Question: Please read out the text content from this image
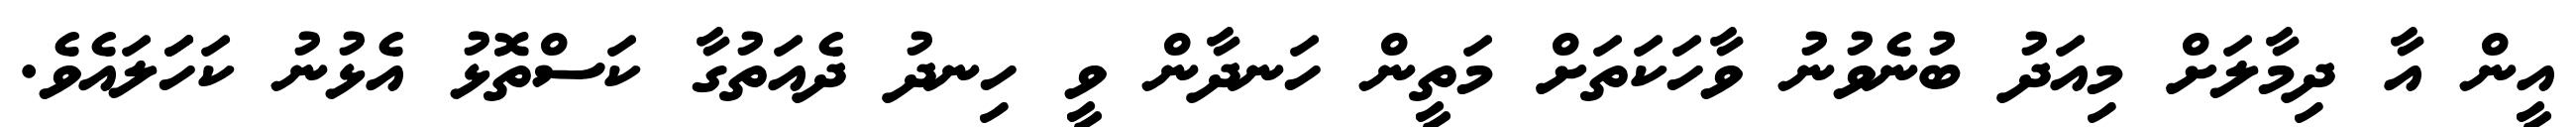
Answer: އީން އާ ދިމާލަށް މިއަދު ބުނެވުނު ވާހަކަތަށް މަތީން ހަނދާން ވީ ހިނދު ދެއަތުގާ ކަސްތޮޅު އެޅުނު ކަހަަލައެވެ.